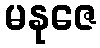
မနုဇေ